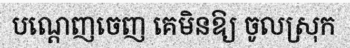
បណ្តេញចេញ គេមិនឱ្យ ចូលស្រុក